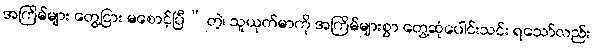
အကြိမ်များ တွေ့ငြား မစောင့်ပြီ” တဲ့၊ သူယုတ်မာကို အကြိမ်များစွာ တွေ့ဆုံပေါင်းသင်း ရသော်လည်း